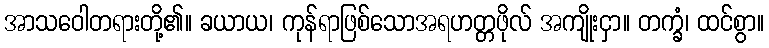
အာသဝေါတရားတို့၏။ ခယာယ၊ ကုန်ရာဖြစ်သောအရဟတ္တဖိုလ် အကျိုးငှာ။ တက္ခံ၊ ထင်စွာ။